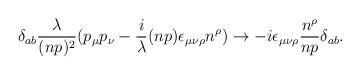
LaTeX: \begin{align*}\delta_{ab} {\lambda \over (np)^2}(p_\mu p_\nu - {i\over \lambda} (np)\epsilon_{\mu\nu\rho} n^\rho ) \rightarrow-i \epsilon_{\mu\nu\rho} {n^\rho \over n p} \delta_{ab}.\end{align*}